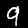
Label: 9